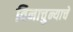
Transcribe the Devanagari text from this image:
विनाचुन्याचे